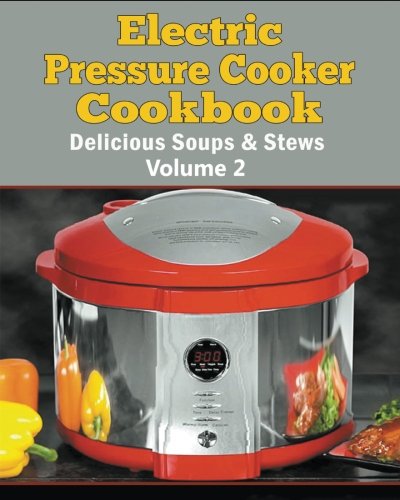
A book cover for Electric Pressure Cooker Cookbook: Delicious Soups and Stews and Quick and Easy Recipes; Larry Haber; Cookbooks, Food & Wine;